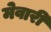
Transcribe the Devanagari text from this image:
मेवारी